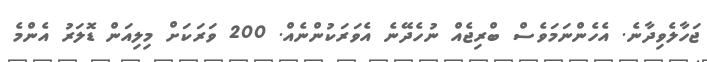
ޖަހާލެވިދާނެ. އެހެންނަމަވެސް ބްރިޖެއް ނުހެދޭނެ އެވަރަކުންނެއް. 200 ވަރަކަށް މިލިއަން ޑޮލަރު އެންމެ